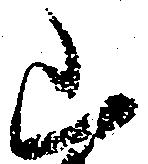
山